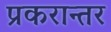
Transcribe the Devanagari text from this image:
प्रकरान्तर